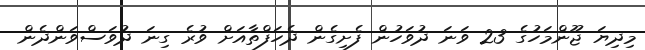
މިދިޔަ ޖޫންމަހުގެ 23 ވަނަ ދުވަހުން ފެށިގެން ދެހަފްތާއަށް ވުރެ ގިނަ ދުވަސްވަންދެން